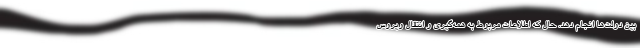
بین دولت‌ها انجام دهد. حال که اطلاعات مربوط به همه‌گیری و انتقال ویروس